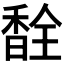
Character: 𫗽